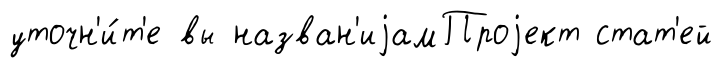
уточн'и́т'е вы назван'иjамПроjект стат'ей